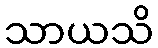
သာယသိ